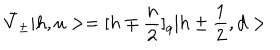
\bar { V } _ { \pm } | h , u > = [ h \mp { \frac { n } { 2 } } ] _ { q } | h \pm { \frac { 1 } { 2 } } , d >